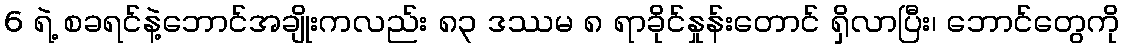
6 ရဲ့ စခရင်နဲ့ဘောင်အချိုးကလည်း ၈၃ ဒဿမ ၈ ရာခိုင်နှုန်းတောင် ရှိလာပြီး၊ ဘောင်တွေကို